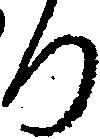
ろ